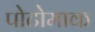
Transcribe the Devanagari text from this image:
पोटोमाक